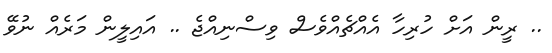
.. ރީން އަށް ހުރިހާ އެއްޗެއްވެސް ވިސްނިއްޖެ .. އައިލީން މަރެއް ނުވޭ